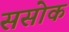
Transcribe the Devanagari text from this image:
ससोक